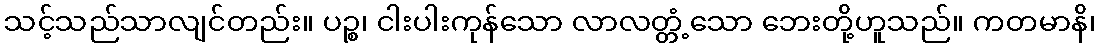
သင့်သည်သာလျင်တည်း။ ပဉ္စ၊ ငါးပါးကုန်သော လာလတ္တံ့သော ဘေးတို့ဟူသည်။ ကတမာနိ၊